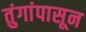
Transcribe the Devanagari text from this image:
तुंगांपासून